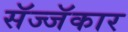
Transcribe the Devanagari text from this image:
सॅज्जॅकार